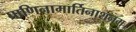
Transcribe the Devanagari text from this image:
प्राणिनामार्तिनाशनम्।।